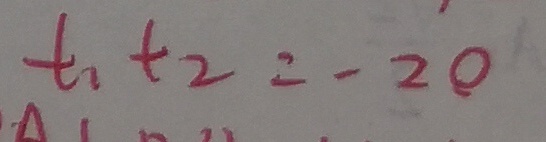
t _ { 1 } t _ { 2 } = - 2 0